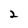
Character: 2